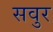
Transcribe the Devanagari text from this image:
सवुर